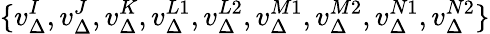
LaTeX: \{ v_{\Delta}^{I},v_{\Delta}^{J},v_{\Delta}^{K},v_{\Delta}^{L1},v_{\Delta}^{L2},v_{\Delta}^{M1},v_{\Delta}^{M2},v_{\Delta}^{N1},v_{\Delta}^{N2}\}